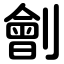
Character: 劊